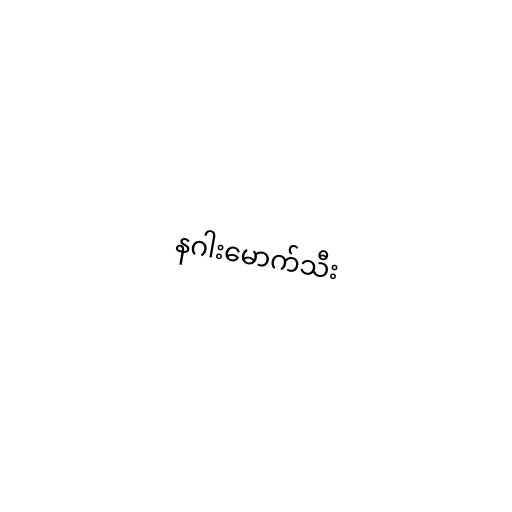
နဂါးမောက်သီး